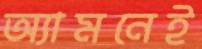
অ্যামনেই